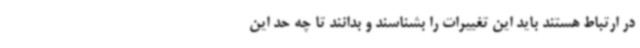
در ارتباط هستند باید این تغییرات را بشناسند و بدانند تا چه حد این